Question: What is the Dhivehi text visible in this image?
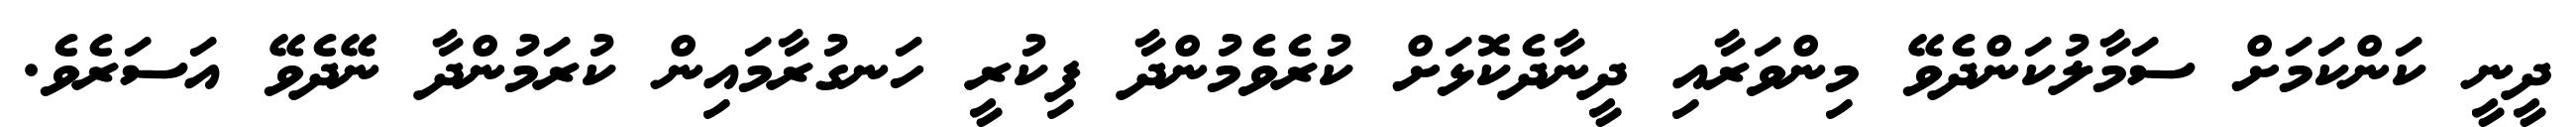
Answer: ދީނީ ކަންކަމަށް ސަމާލުކަންދެވޭ މިންވަރާއި ދީނާދެކޮޅަށް ކުރެވެމުންދާ ފިކުރީ ހަނގުރާމައިން ކުރަމުންދާ ނޭދެވޭ އަސަރެވެ.